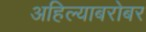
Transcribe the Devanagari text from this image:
अहिल्याबरोबर